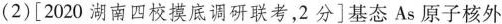
(2)[2020湖南四校摸底调研联考，2分]基态As原子核外